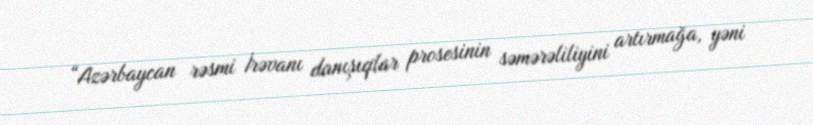
“Azərbaycan rəsmi İrəvanı danışıqlar prosesinin səmərəliliyini artırmağa, yəni